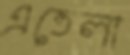
এতেলা